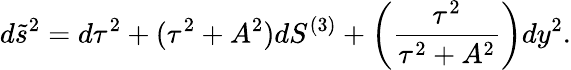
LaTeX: d\tilde{s}^{2}=d\tau^{2}+(\tau^{2}+A^{2})dS^{(3)}+\left({\frac{\tau^{2}}{\tau^{2}+A^{2}}}\right)dy^{2}.